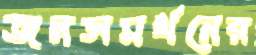
জনসমর্থনের